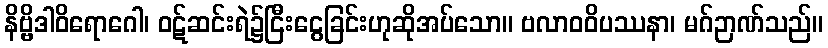
နိဗ္ဗိဒါဝိရောဂေါ၊ ဝဋ်ဆင်းရဲ၌ငြီးငွေခြင်းဟုဆိုအပ်သော။ ဗလာဝဝိပဿနာ၊ မဂ်ဉာဏ်သည်။